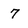
Character: 7